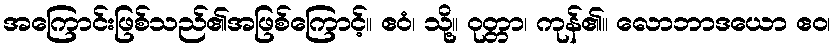
အကြောင်းဖြစ်သည်၏အဖြစ်ကြောင့်။ ဧဝံ၊ သို့။ ဝုတ္တာ၊ ကုန်၏။ လောဘာဒယော ဧဝ၊